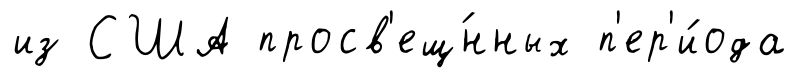
из США просв'ещ́нных п'ер'и́ода